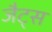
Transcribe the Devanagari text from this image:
जैट्स